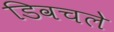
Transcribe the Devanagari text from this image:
डिवचले